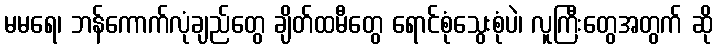
မမရေ၊ ဘန်ကောက်လုံချည်တွေ ချိတ်ထမီတွေ ရောင်စုံသွေးစုံပဲ၊ လူကြီးတွေအတွက် ဆို